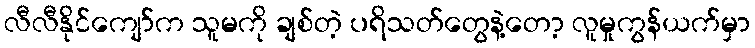
လီလီနိုင်ကျော်က သူမကို ချစ်တဲ့ ပရိသတ်တွေနဲ့တော့ လူမှုကွန်ယက်မှာ